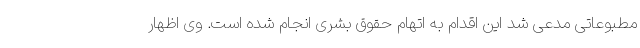
مطبوعاتی مدعی شد این اقدام به اتهام حقوق بشری انجام شده است. وی اظهار